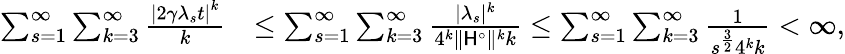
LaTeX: \begin{array}{rl}{\sum_{s=1}^{\infty}\sum_{k=3}^{\infty}\frac{\left|2\gamma\lambda_{s}t\right|^{k}}{k}}&{\leq\sum_{s=1}^{\infty}\sum_{k=3}^{\infty}\frac{|\lambda_{s}|^{k}}{4^{k}\| \mathsf{H}^{\circ}\| ^{k}k}\leq\sum_{s=1}^{\infty}\sum_{k=3}^{\infty}\frac{1}{s^{\frac{3}{2}}4^{k}k}<\infty,}\end{array}